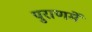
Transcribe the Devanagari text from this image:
पुराणमें